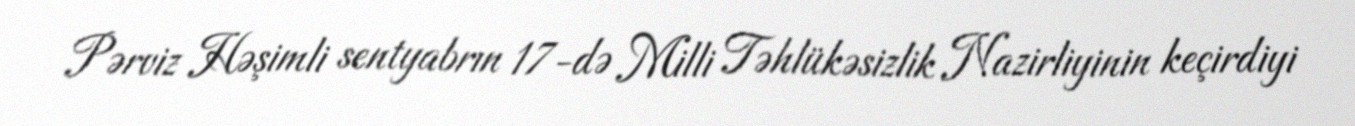
Pərviz Həşimli sentyabrın 17-də Milli Təhlükəsizlik Nazirliyinin keçirdiyi